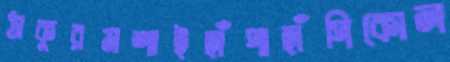
ঠাকুরমশাইহাঁপাহাঁপিকোল